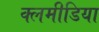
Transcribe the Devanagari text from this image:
क्लमीडिया